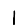
Digit: 1